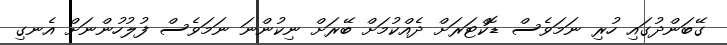
ގޭބަންދުގައި ހުރި ނަމަވެސް ޑޮކްޓަރަށް ދެއްކުމަށް ބޭރަށް ނިކުންނަ ނަމަވެސް ފުލުހުންނަށް އެނގި